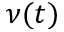
\nu ( t )